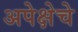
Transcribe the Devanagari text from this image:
अपेक्षेचे